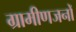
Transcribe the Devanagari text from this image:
ग्रामीणजनों